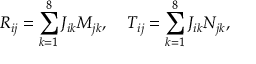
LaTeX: R _ { i j } = \sum _ { k = 1 } ^ { 8 } J _ { i k } M _ { j k } , \; \; \; \; T _ { i j } = \sum _ { k = 1 } ^ { 8 } J _ { i k } N _ { j k } ,